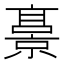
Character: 𫢁